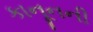
કાનૂનની